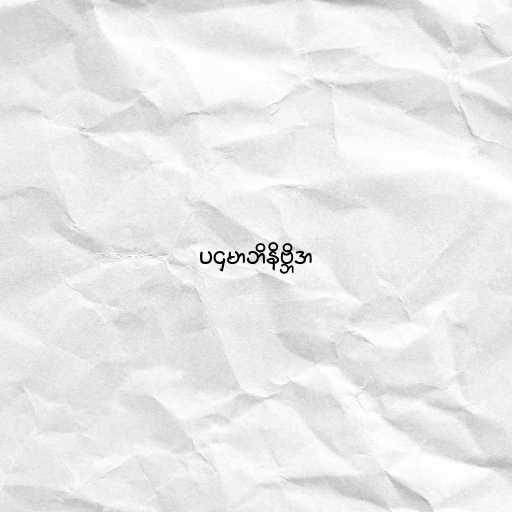
ပဌမာဘိနိဗ္ဘိဒာ